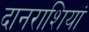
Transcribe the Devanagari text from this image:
दानराशियां